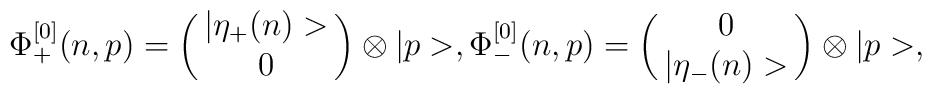
\Phi_{+}^{[0]} (n,p)=\left(\matrix{|\eta_+ (n)>\cr 0\cr}\right)\otimes|p>,\Phi_{-}^{[0]} (n,p)=\left(\matrix{0\cr|\eta_- (n)>\cr}\right)\otimes |p>,